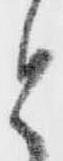
と